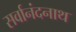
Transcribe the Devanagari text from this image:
सर्वानंदनाथ